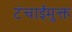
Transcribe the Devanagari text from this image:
टंचाईमुक्त